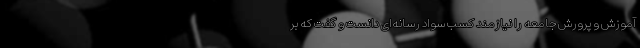
آموزش و پرورش جامعه را نیازمند کسب سواد رسانه‌ای دانست و گفت که بر